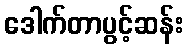
ဒေါက်တာပွင့်ဆန်း